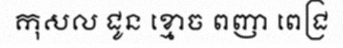
កុសល ជូន ខ្មោច ពញា ពេជ្រ